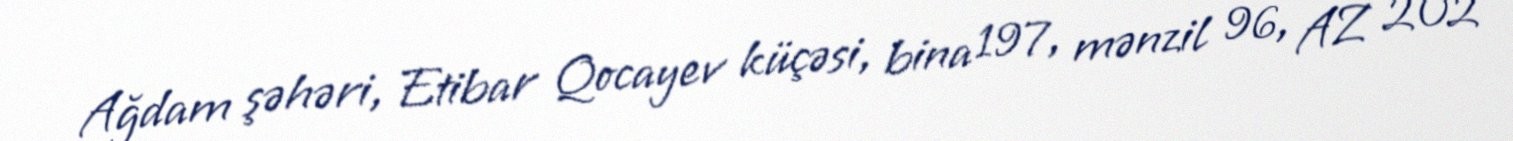
Ağdam şəhəri, Etibar Qocayev küçəsi, bina 197, mənzil 96, AZ 202